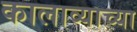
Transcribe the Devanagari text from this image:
कालाव्याच्या